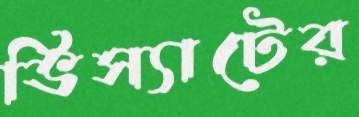
ভিস্যাটের